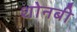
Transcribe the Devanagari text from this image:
शोनबी